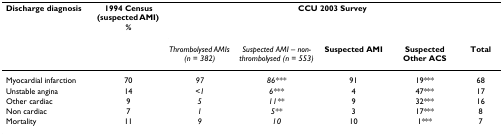
<table><thead><tr><td><b>Discharge diagnosis</b></td><td><b>1994 Census (suspected AMI) %</b></td><td colspan="5"><b>CCU 2003 Survey</b></td></tr><tr><td></td><td></td><td><b><i>Thrombolysed AMIs (n = 382)</i></b></td><td><b><i>Suspected AMI – non-thrombolysed (n = 553)</i></b></td><td><b>Suspected AMI</b></td><td><b>Suspected Other ACS</b></td><td><b>Total</b></td></tr></thead><tbody><tr><td>Myocardial infarction</td><td>70</td><td><i>97</i></td><td><i>86***</i></td><td>91</td><td>19***</td><td>68</td></tr><tr><td>Unstable angina</td><td>14</td><td><i>&lt;1</i></td><td><i>6***</i></td><td>4</td><td>47***</td><td>17</td></tr><tr><td>Other cardiac</td><td>9</td><td><i>5</i></td><td><i>11**</i></td><td>9</td><td>32***</td><td>16</td></tr><tr><td>Non cardiac</td><td>7</td><td><i>1</i></td><td><i>5**</i></td><td>3</td><td>17***</td><td>8</td></tr><tr><td>Mortality</td><td>11</td><td><i>9</i></td><td><i>10</i></td><td>10</td><td>1***</td><td>7</td></tr></tbody></table>